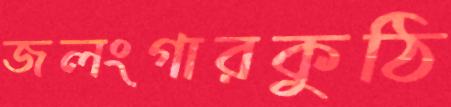
জলংগারকুঠি